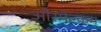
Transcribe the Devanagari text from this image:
औरमैल्कम